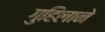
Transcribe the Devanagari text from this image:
गुहिलाने